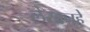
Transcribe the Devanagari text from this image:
लेखनहे